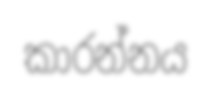
කාරන්නය